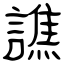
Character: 譙